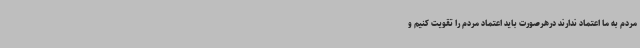
مردم به ما اعتماد ندارند درهرصورت باید اعتماد مردم را تقویت کنیم و